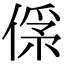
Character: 𠌀